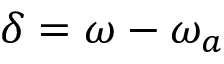
\delta = \omega - \omega _ { a }